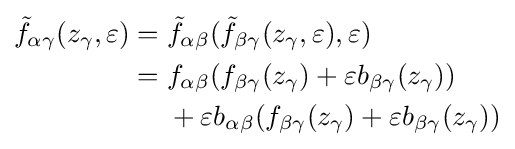
{\begin{aligned}{\tilde {f}}_{\alpha \gamma }(z_{\gamma },\varepsilon )={}&{\tilde {f}}_{\alpha \beta }({\tilde {f}}_{\beta \gamma }(z_{\gamma },\varepsilon ),\varepsilon )\\={}&f_{\alpha \beta }(f_{\beta \gamma }(z_{\gamma })+\varepsilon b_{\beta \gamma }(z_{\gamma }))\\&+\varepsilon b_{\alpha \beta }(f_{\beta \gamma }(z_{\gamma })+\varepsilon b_{\beta \gamma }(z_{\gamma }))\end{aligned}}